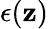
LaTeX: \epsilon(\mathbf{z})